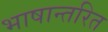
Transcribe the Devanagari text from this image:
भाषान्तरित